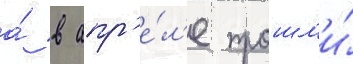
а́ в апр'е́л'е прошл'и́